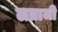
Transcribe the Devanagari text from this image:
लताजी